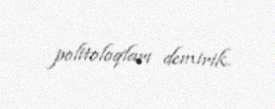
politoloqları demirik.